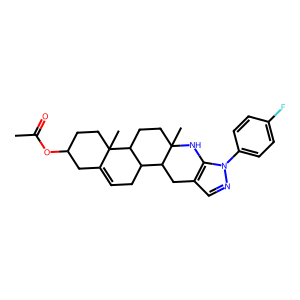
SMILES: CC(=O)OC1CCC2(C)C(=CCC3C4Cc5cnn(-c6ccc(F)cc6)c5NC4(C)CCC32)C1
Inhibits HIV replication: No